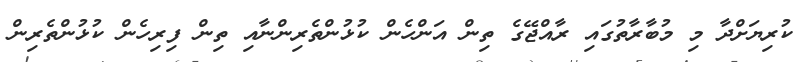
ކުރިޔަށްދާ މި މުބާރާތުގައި ރާއްޖޭގެ ތިން އަންހެން ކުޅުންތެރިންނާއި ތިން ފިރިހެން ކުޅުންތެރިން